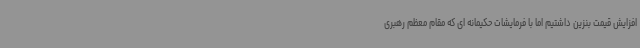
افزایش قیمت بنزین داشتیم اما با فرمایشات حکیمانه ای که مقام معظم رهبری